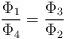
LaTeX: \begin{align*}\frac{\Phi_1}{\Phi_4} = \frac{\Phi_3}{\Phi_2}\end{align*}